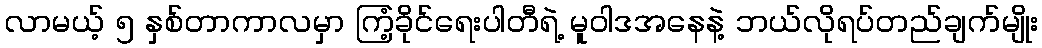
လာမယ့် ၅ နှစ်တာကာလမှာ ကြံ့ခိုင်ရေးပါတီရဲ့ မူဝါဒအနေနဲ့ ဘယ်လိုရပ်တည်ချက်မျိုး